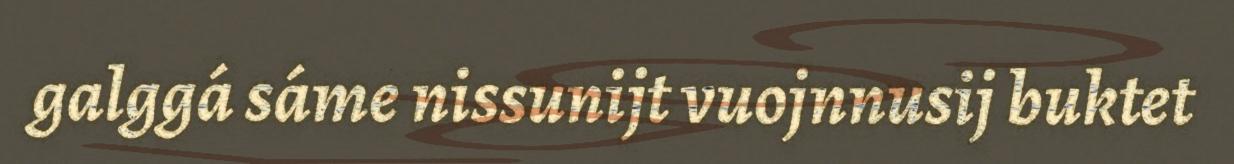
galggá sáme nissunijt vuojnnusij buktet